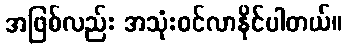
အဖြစ်လည်း အသုံးဝင်လာနိုင်ပါတယ်။